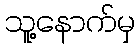
သူ့နောက်မှ